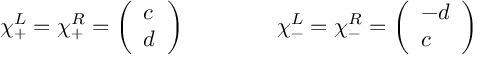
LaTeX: \chi _ { + } ^ { L } = \chi _ { + } ^ { R } = \left( \begin{array} { l } { { c } } \\ { { d } } \end{array} \right) \qquad \qquad \chi _ { - } ^ { L } = \chi _ { - } ^ { R } = \left( \begin{array} { l } { { - d } } \\ { { c } } \end{array} \right)